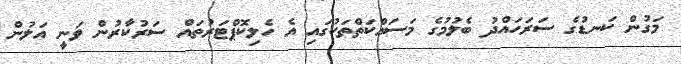
މަގުން ކަނޑުގެ ސަރަހައްދު ބެލުމުގެ މަސައްކަތްތަކުގައި އެ ހެލިކޮޕްޓަރުތައް ސަރުކާރުން ވަނީ އަލުން